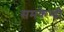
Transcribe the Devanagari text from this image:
समकेन्द्री